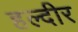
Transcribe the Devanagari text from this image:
हल्दीर